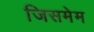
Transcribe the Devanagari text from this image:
जिसमेम